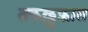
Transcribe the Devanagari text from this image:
तकल्लुफ़ात